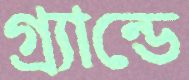
গ্র্যান্ডে